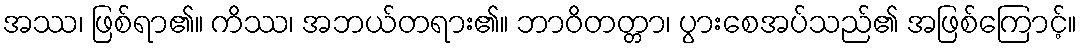
အဿ၊ ဖြစ်ရာ၏။ ကိဿ၊ အဘယ်တရား၏။ ဘာဝိတတ္တာ၊ ပွားစေအပ်သည်၏ အဖြစ်ကြောင့်။